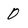
Character: 0